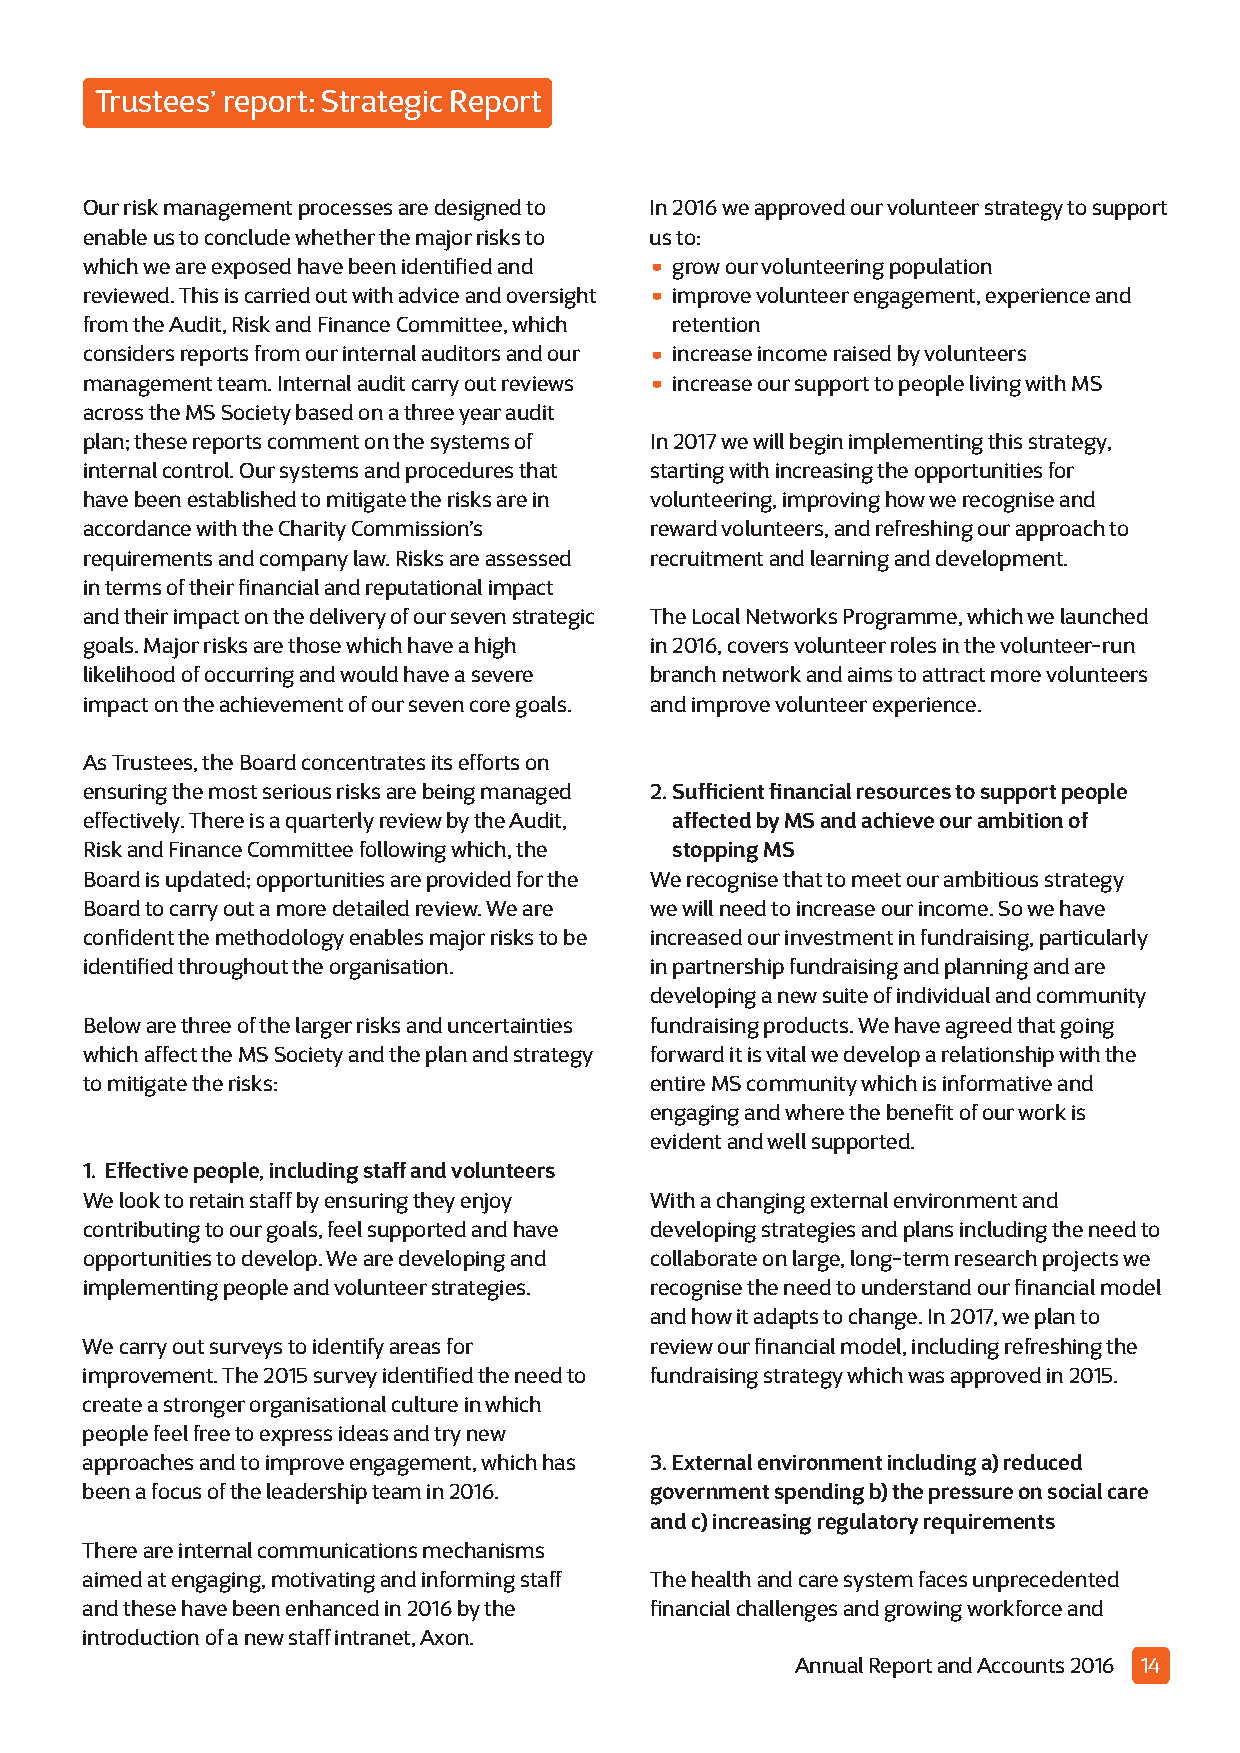
Trustees’ report: Strategic Report
 Our risk management processes are designed to In 2016 we approved our volunteer strategy to support
 enable us to conclude whether the major risks to us to:
 •
 which we are exposed have been identified and grow our volunteering population
 •
 reviewed. This is carried out with advice and oversight improve volunteer engagement, experience and
 from the Audit, Risk and Finance Committee, which retention
 •
 considers reports from our internal auditors and our increase income raised by volunteers
 •
 management team. Internal audit carry out reviews increase our support to people living with MS
 across the MS Society based on a three year audit
 plan; these reports comment on the systems of In 2017 we will begin implementing this strategy,
 internal control. Our systems and procedures that starting with increasing the opportunities for
 have been established to mitigate the risks are in volunteering, improving how we recognise and
 accordance with the Charity Commission’s reward volunteers, and refreshing our approach to
 requirements and company law. Risks are assessed recruitment and learning and development.
 in terms of their financial and reputational impact
 and their impact on the delivery of our seven strategic The Local Networks Programme, which we launched
 goals. Major risks are those which have a high in 2016, covers volunteer roles in the volunteer-run
 likelihood of occurring and would have a severe branch network and aims to attract more volunteers
 impact on the achievement of our seven core goals. and improve volunteer experience.
 As Trustees, the Board concentrates its efforts on
 ensuring the most serious risks are being managed 2. Sufficient financial resources to support people
 effectively. There is a quarterly review by the Audit, affected by MS and achieve our ambition of
 Risk and Finance Committee following which, the stopping MS
 Board is updated; opportunities are provided for the We recognise that to meet our ambitious strategy
 Board to carry out a more detailed review. We are we will need to increase our income. So we have
 confident the methodology enables major risks to be increased our investment in fundraising, particularly
 identified throughout the organisation. in partnership fundraising and planning and are
 developing a new suite of individual and community
 Below are three of the larger risks and uncertainties fundraising products. We have agreed that going
 which affect the MS Society and the plan and strategy forward it is vital we develop a relationship with the
 to mitigate the risks:                entire MS community which is informative and
 engaging and where the benefit of our work is
 evident and well supported.
 1. Effective people, including staff and volunteers
 We look to retain staff by ensuring they enjoy With a changing external environment and
 contributing to our goals, feel supported and have developing strategies and plans including the need to
 opportunities to develop. We are developing and collaborate on large, long-term research projects we
 implementing people and volunteer strategies. recognise the need to understand our financial model
 and how it adapts to change. In 2017, we plan to
 We carry out surveys to identify areas for review our financial model, including refreshing the
 improvement. The 2015 survey identified the need to fundraising strategy which was approved in 2015.
 create a stronger organisational culture in which
 people feel free to express ideas and try new
 approaches and to improve engagement, which has 3. External environment including a) reduced
 been a focus of the leadership team in 2016. government spending b) the pressure on social care
 and c) increasing regulatory requirements
 There are internal communications mechanisms
 aimed at engaging, motivating and informing staff The health and care system faces unprecedented
 and these have been enhanced in 2016 by the financial challenges and growing workforce and
 introduction of a new staff intranet, Axon.
 Annual Report and Accounts 2016 14